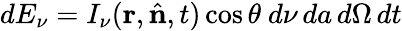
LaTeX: dE_{\nu}=I_{\nu}(\mathbf{r},{\hat{\mathbf{n}}},t)\cos\theta\ d\nu\, da\, d\Omega\, dt